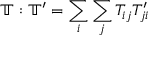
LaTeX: \mathbb { T } : \mathbb { T ^ { \prime } } = \sum _ { i } \sum _ { j } T _ { i j } T _ { j i } ^ { \prime }